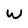
Character: W